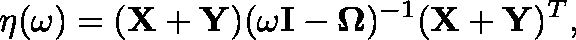
\eta ( \omega ) = ( \mathbf { X } + \mathbf { Y } ) ( \omega \mathbf { I } - \mathbf { \Omega } ) ^ { - 1 } ( \mathbf { X } + \mathbf { Y } ) ^ { T } ,